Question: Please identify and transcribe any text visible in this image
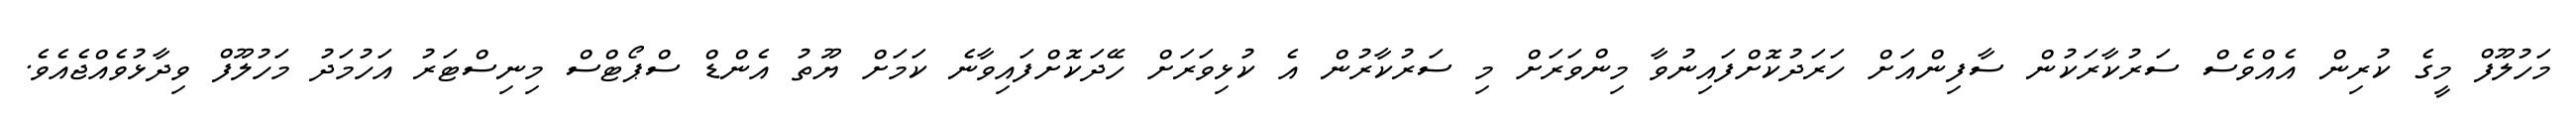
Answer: މަހުލޫފް މީގެ ކުރިން އެއްވެސް ސަރުކާރަކުން ސާފިންއަށް ހަރަދުކޮށްފައިނުވާ މިންވަރަށް މި ސަރުކާރުން އެ ކުޅިވަރަށް ހޭދަކޮށްފައިވާނެ ކަމަށް ޔޫތު އެންޑް ސްޕޯޓްސް މިނިސްޓަރު އަހުމަދު މަހުލޫފް ވިދާޅުވެއްޖެއެވެ.